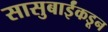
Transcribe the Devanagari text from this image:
सासुबाईंकडून